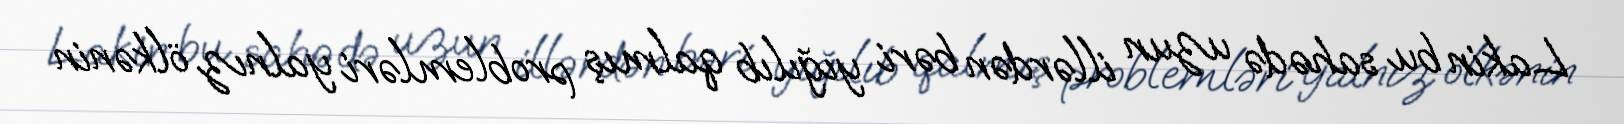
Lakin bu sahədə uzun illərdən bəri yığılıb qalmış problemləri yalnız ölkənin